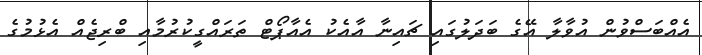
އެއްބަސްވުން އުވާލާ އޭގެ ބަދަލުގައި ޗައިނާ އާއެކު އެއާޕޯޓް ތަރައްގީކުރުމާއި ބްރިޖެއް އެޅުމުގެ